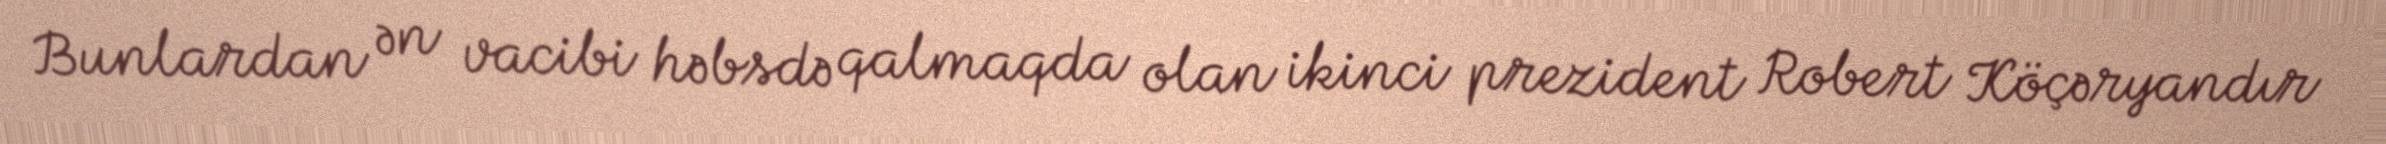
Bunlardan ən vacibi həbsdə qalmaqda olan ikinci prezident Robert Köçəryandır